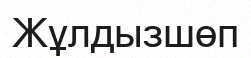
Жұлдызшөп